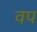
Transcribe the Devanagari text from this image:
वप